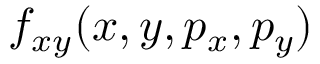
f _ { x y } ( x , y , p _ { x } , p _ { y } )